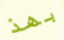
بهذ